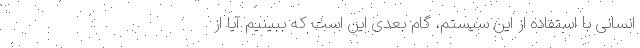
انسانی با استفاده از این سیستم، گام بعدی این است که ببینیم آیا از